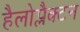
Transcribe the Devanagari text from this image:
हैलोप्लैक्टन